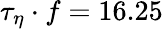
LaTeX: \tau_{\eta}\cdot f=16.25